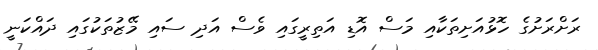
ރަށްރަށުގެ ހޮޅުއަށިތަކާއި މަސް އޮޑި އަތިރީގައި ވެސް އަދި ސައި މޭޒުތަކުގައި ދައްކަނީ